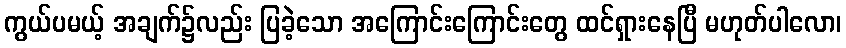
ကွယ်ပမယ့် အချက်၌လည်း ပြခဲ့သော အကြောင်းကြောင်းတွေ ထင်ရှားနေပြီ မဟုတ်ပါလော၊